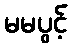
မမပွင့်